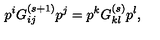
p ^ { i } G _ { i j } ^ { ( s + 1 ) } p ^ { j } = p ^ { k } G _ { k l } ^ { ( s ) } p ^ { l } ,